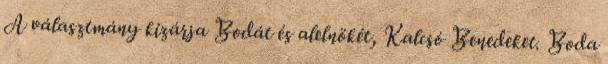
A választmány kizárja Bodát és alelnökét, Kalcsó Benedeket. Boda